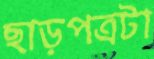
ছাড়পত্রটা